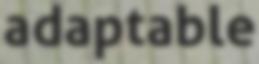
adaptable